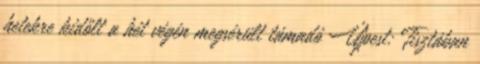
hetekre kidőlt a hét végén megsérült támadó Újpest: Tisztában